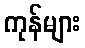
ကုန်များ